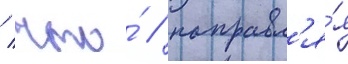
/ что́ / направл'я́я